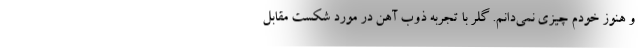
و هنوز خودم چیزی نمی‌دانم. گلر با تجربه ذوب آهن در مورد شکست مقابل